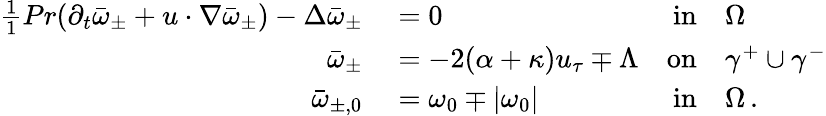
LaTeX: \begin{array}{rlrl}{\frac{1}{1}{{Pr}}(\partial_{t}\bar{\omega}_{\pm}+u\cdot\nabla\bar{\omega}_{\pm})-\Delta\bar{\omega}_{\pm}}&{{}=0}&{\textnormal{in}}&{{}\Omega}\\ {\bar{\omega}_{\pm}}&{{}=-2(\alpha+\kappa)u_{\tau}\mp\Lambda}&{\textnormal{on}}&{{}\gamma^{+}\cup\gamma^{-}}\\ {\bar{\omega}_{\pm,0}}&{{}=\omega_{0}\mp|\omega_{0}|}&{\textnormal{in}}&{{}\Omega\, .}\end{array}